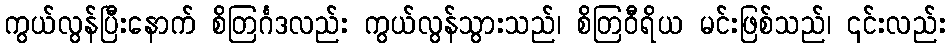
ကွယ်လွန်ပြီးနောက် စိတြင်္ဂဒလည်း ကွယ်လွန်သွားသည်၊ စိတြဝီရိယ မင်းဖြစ်သည်၊ ၎င်းလည်း